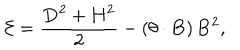
{ \cal E } = \frac { { \bf D } ^ { 2 } + { \bf H } ^ { 2 } } { 2 } - \left( { \bf \theta } \cdot { \bf B } \right) { \bf B } ^ { 2 } ,